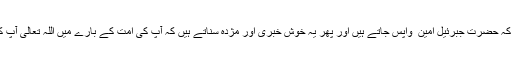
واقعات میں آتا ہے کہ حضرت جبرئیل امین ؑ واپس جاتے ہیں اور پھر یہ خوش خبری اور مژدہ سناتے ہیں کہ آپؐ کی اُمت کے بارے میں اللہ تعالیٰ آپ کو خوش کر دے گا۔